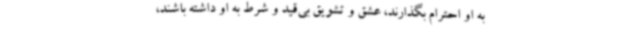
به او احترام بگذارند، عشق و تشویق بی‌قید و شرط به او داشته باشند،